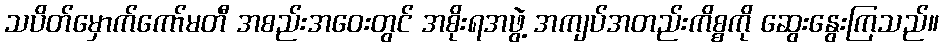
သပိတ်မှောက်ကော်မတီ အစည်းအဝေးတွင် အစိုးရအဖွဲ့ အကျပ်အတည်းကိစ္စကို ဆွေးနွေးကြသည်။